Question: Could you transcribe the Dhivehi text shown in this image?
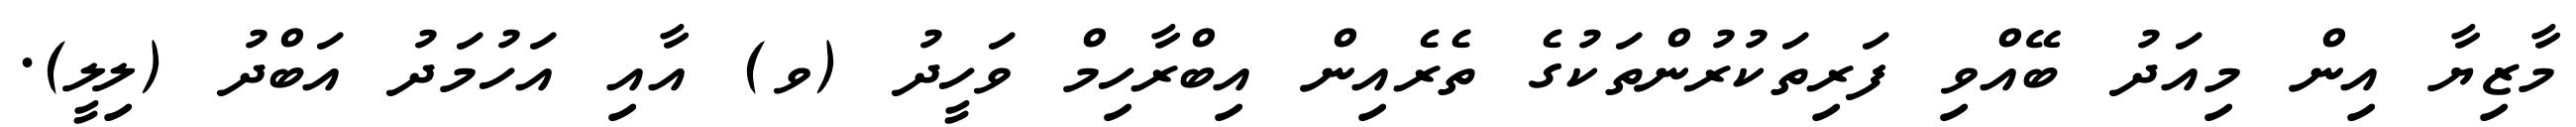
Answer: މާޒިޔާ އިން މިއަދު ބޭއްވި ފަރިތަކުރުންތަކުގެ ތެރެއިން އިބްރާހިމް ވަހީދު (ވ) އާއި އަހުމަދު އަބްދު (ލިލީ).